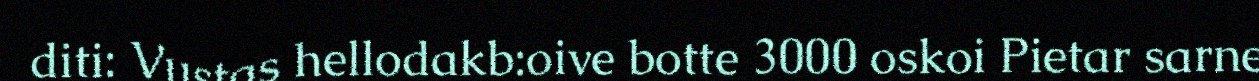
diti: Vustas hellodakb:oive botte 3000 oskoi Pietar sarne